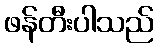
ဖန်တီးပါသည်